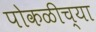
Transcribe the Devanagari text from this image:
पोकळीच्‍या